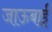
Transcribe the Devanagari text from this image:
जाऊबाई